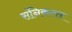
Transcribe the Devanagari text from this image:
संनिकटत